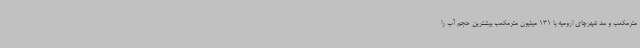
مترمکعب و سد شهرچای ارومیه با 131 میلیون مترمکعب بیشترین حجم آب را